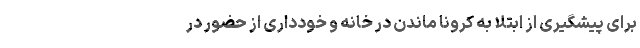
برای پیشگیری از ابتلا به کرونا ماندن در خانه و خودداری از حضور در